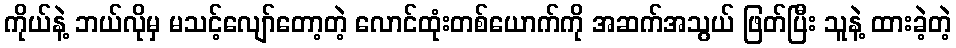
ကိုယ်နဲ့ ဘယ်လိုမှ မသင့်လျော်တော့တဲ့ လောင်ထုံးတစ်ယောက်ကို အဆက်အသွယ် ဖြတ်ပြီး သူနဲ့ ထားခဲ့တဲ့